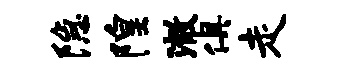
隐隍澈俱走